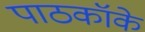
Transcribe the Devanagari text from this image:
पाठकॉके